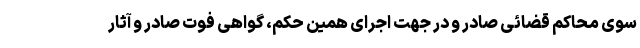
سوی محاکم قضائی صادر و در جهت اجرای همین حکم، گواهی فوت صادر و آثار